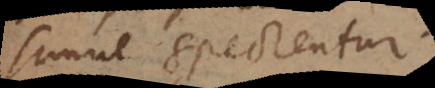
simul spectentur.